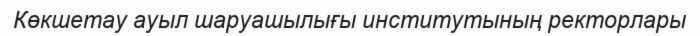
Көкшетау ауыл шаруашылығы институтының ректорлары